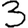
Digit: 3